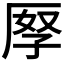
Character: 𠩨